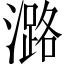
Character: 潞